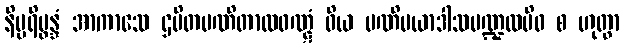
နိပ္ပရိပ္ဖန္ဒံ အာကာသေ ဌပိတမဏိတာလဝဏ္ဋံ ဝိယ မဏိမယာဒါသမဏ္ဍလမိဝ စ ဟုတွာ